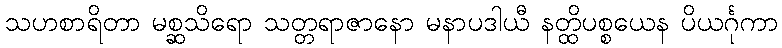
သဟစာရိတာ မစ္ဆသိရော သတ္တရာဇာနော မနာပဒါယီ နတ္ထိပစ္စယေန ပိယင်္ဂုကာ